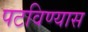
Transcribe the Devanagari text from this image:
पटविण्यास